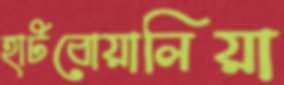
হাটবোয়ালিয়া